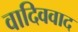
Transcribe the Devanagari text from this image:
वादिववाद